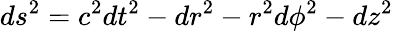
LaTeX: ds^{2}=c^{2}dt^{2}-dr^{2}-r^{2}d\phi^{2}-dz^{2}